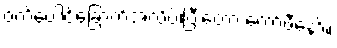
ဝက်ပေါင်ခြောက်အလိပ်၊ပြီးတော့ ကော်ဖီနော်။